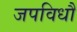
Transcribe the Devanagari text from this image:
जपविधौ